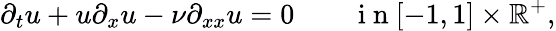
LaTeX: \partial_{t}u+u\partial_{x}u-\nu\partial_{xx}u=0\qquad\mathrm{~i~n~}[-1,1]\times\mathbb{R}^{+},